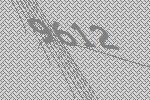
9612